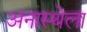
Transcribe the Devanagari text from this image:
अनास्थेला